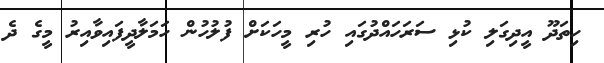
ހިތަދޫ އީދިގަލި ކުޅި ސަރަހައްދުގައި ހުރި މީހަކަށް ފުލުހުން ހަމަލާދީފައިވާއިރު މީގެ ދެ